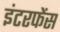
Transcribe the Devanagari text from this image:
इंटरफेंस